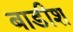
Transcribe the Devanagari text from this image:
बाडीश